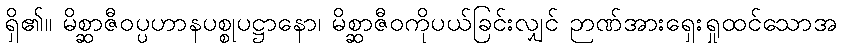
ရှိ၏။ မိစ္ဆာဇီဝပ္ပဟာနပစ္စုပဋ္ဌာနော၊ မိစ္ဆာဇီဝကိုပယ်ခြင်းလျှင် ဉာဏ်အားရှေးရှုထင်သောအ